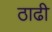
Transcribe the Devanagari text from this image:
ठाढी